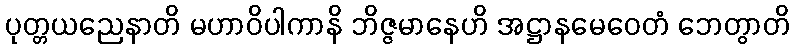
ပုတ္တယညေနာတိ မဟာဝိပါကာနိ ဘိဇ္ဇမာနေဟိ အဋ္ဌာနမေဝေတံ ဘေတွာတိ